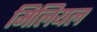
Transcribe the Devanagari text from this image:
मिलियल